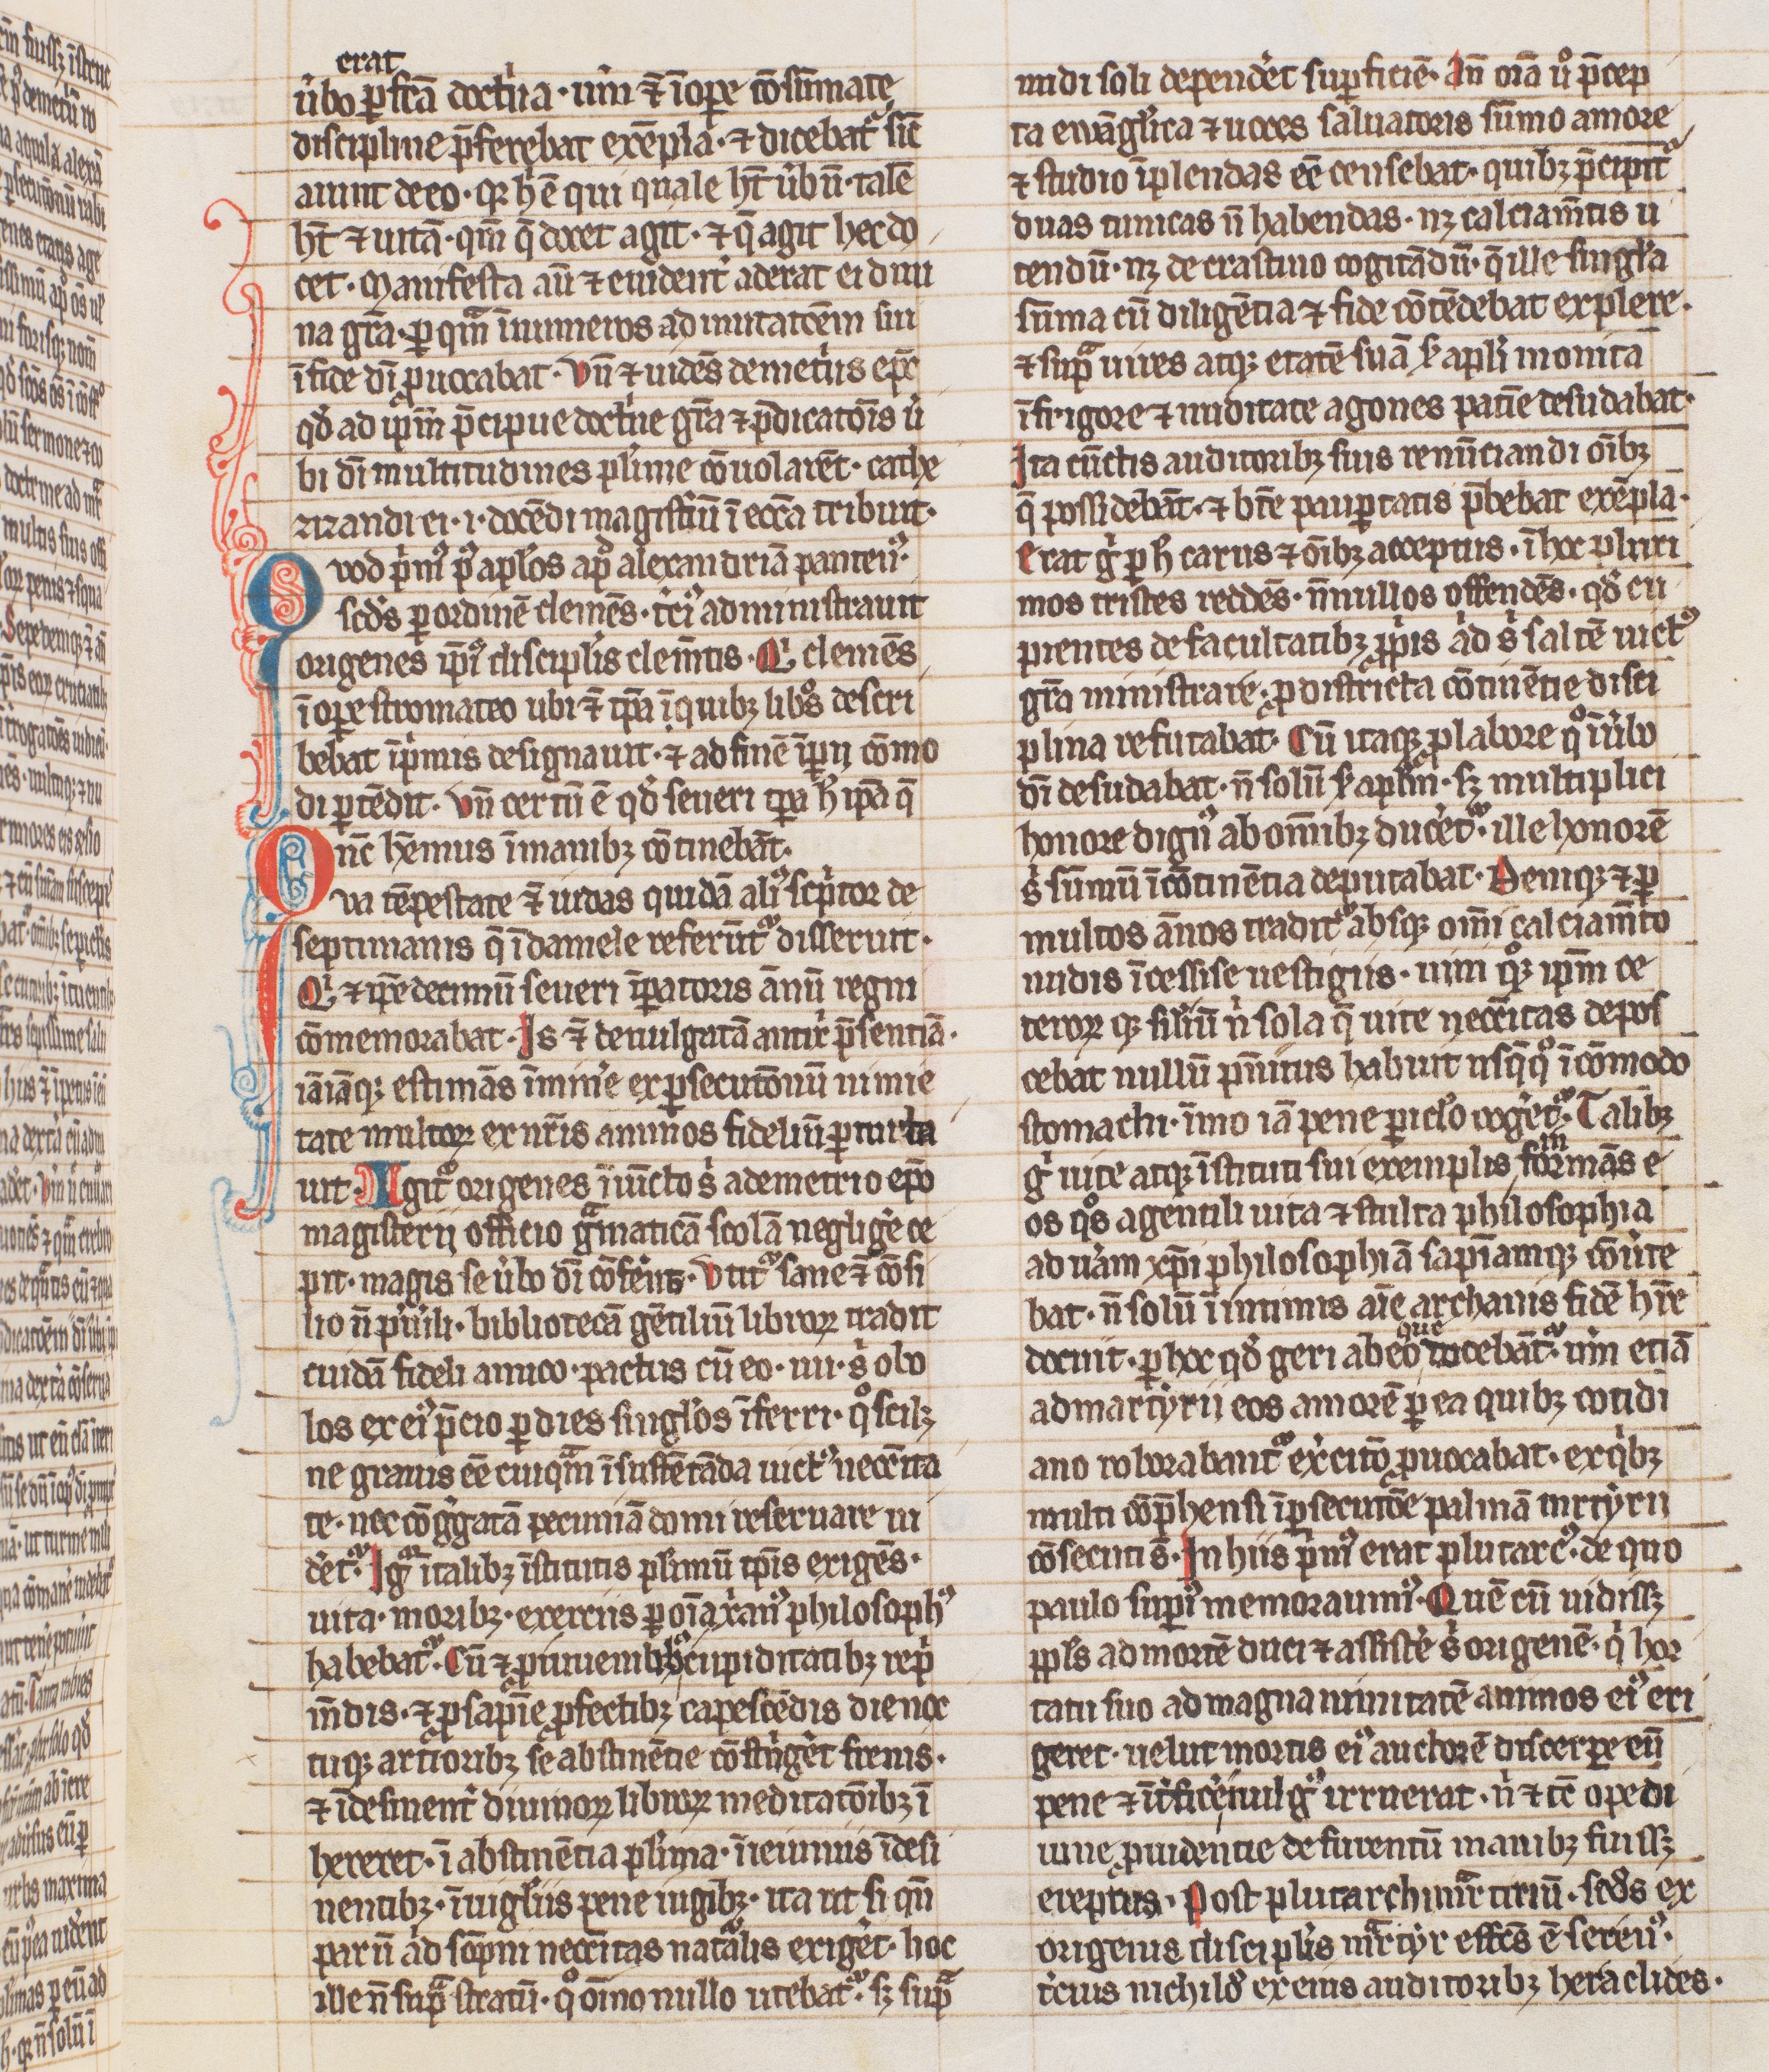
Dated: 1300–1399